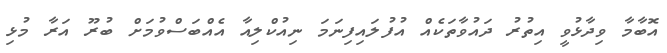
އޮބާމާ ވިދާޅުވީ އިތުރު ދައުވާތަކެއް އުފުލައިފިނަމަ ނިއުކްލިއާ އެއްބަސްވުމަށް ބުރޫ އަރާ މުޅި